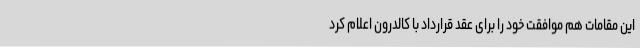
این مقامات هم موافقت خود را برای عقد قرارداد با کالدرون اعلام کرد